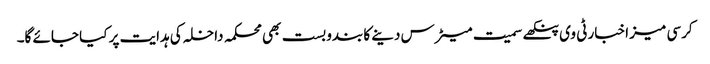
کرسی میز اخبار ٹی وی پنکھے سمیت میٹرس دینے کا بندوبست بھی محکمہ داخلہ کی ہدایت پر کیا جائے گا۔